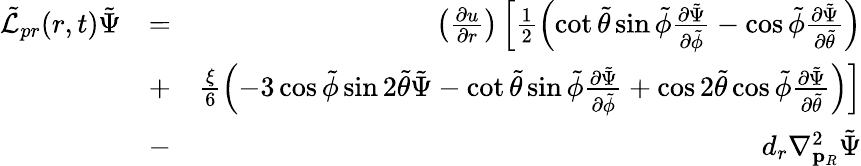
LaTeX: \begin{array}{rlr}{\tilde{\mathcal{L}}_{pr}(r,t)\tilde{\Psi}}&{=}&{\left(\frac{\partial u}{\partial r}\right)\left[\frac{1}{2}\left(\cot{\tilde{\theta}}\sin{\tilde{\phi}}\frac{\partial\tilde{\Psi}}{\partial\tilde{\phi}}-\cos{\tilde{\phi}}\frac{\partial\tilde{\Psi}}{\partial\tilde{\theta}}\right)\right.}\\ &{+}&{\left.\frac{\xi}{6}\left(-3\cos{\tilde{\phi}}\sin{2\tilde{\theta}}\tilde{\Psi}-\cot{\tilde{\theta}}\sin{\tilde{\phi}}\frac{\partial\tilde{\Psi}}{\partial\tilde{\phi}}+\cos{2\tilde{\theta}}\cos{\tilde{\phi}}\frac{\partial\tilde{\Psi}}{\partial\tilde{\theta}}\right)\right]}\\ &{-}&{d_{r}\nabla_{\mathbf{p}_{R}}^{2}\tilde{\Psi}}\end{array}